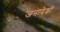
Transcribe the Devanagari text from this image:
जनादेशों